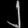
Digit: ၂